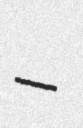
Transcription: –